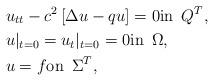
LaTeX: \begin{align*}& u_{tt}-c^2\,[\Delta u-qu]=0 \mbox{in \,} Q^T, \\ &u|_{t=0}=u_t|_{t=0}=0 \mbox{in \,} \Omega ,\\ & u=f \mbox{on \,} \Sigma^T,\end{align*}